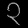
Digit: ၃